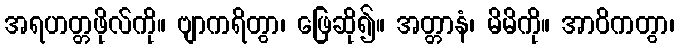
အရဟတ္တဖိုလ်ကို။ ဗျာကရိတွာ၊ ဖြေဆို၍။ အတ္တာနံ၊ မိမိကို။ အာဝိကတွာ၊